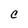
Character: C